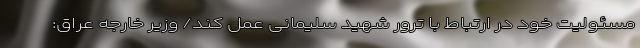
مسئولیت خود در ارتباط با ترور شهید سلیمانی عمل کند/ وزیر خارجه عراق: